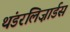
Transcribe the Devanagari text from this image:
थंडरलिज़ार्डस